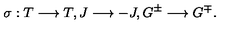
\sigma : T \longrightarrow T , J \longrightarrow - J , G ^ { \pm } \longrightarrow G ^ { \mp } .